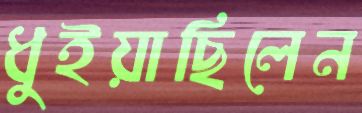
ধুইয়াছিলেন